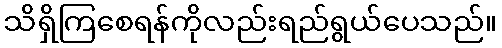
သိရှိကြစေရန်ကိုလည်းရည်ရွယ်ပေသည်။